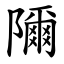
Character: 隬